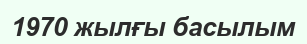
1970 жылғы басылым